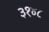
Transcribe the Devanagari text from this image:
३१४८